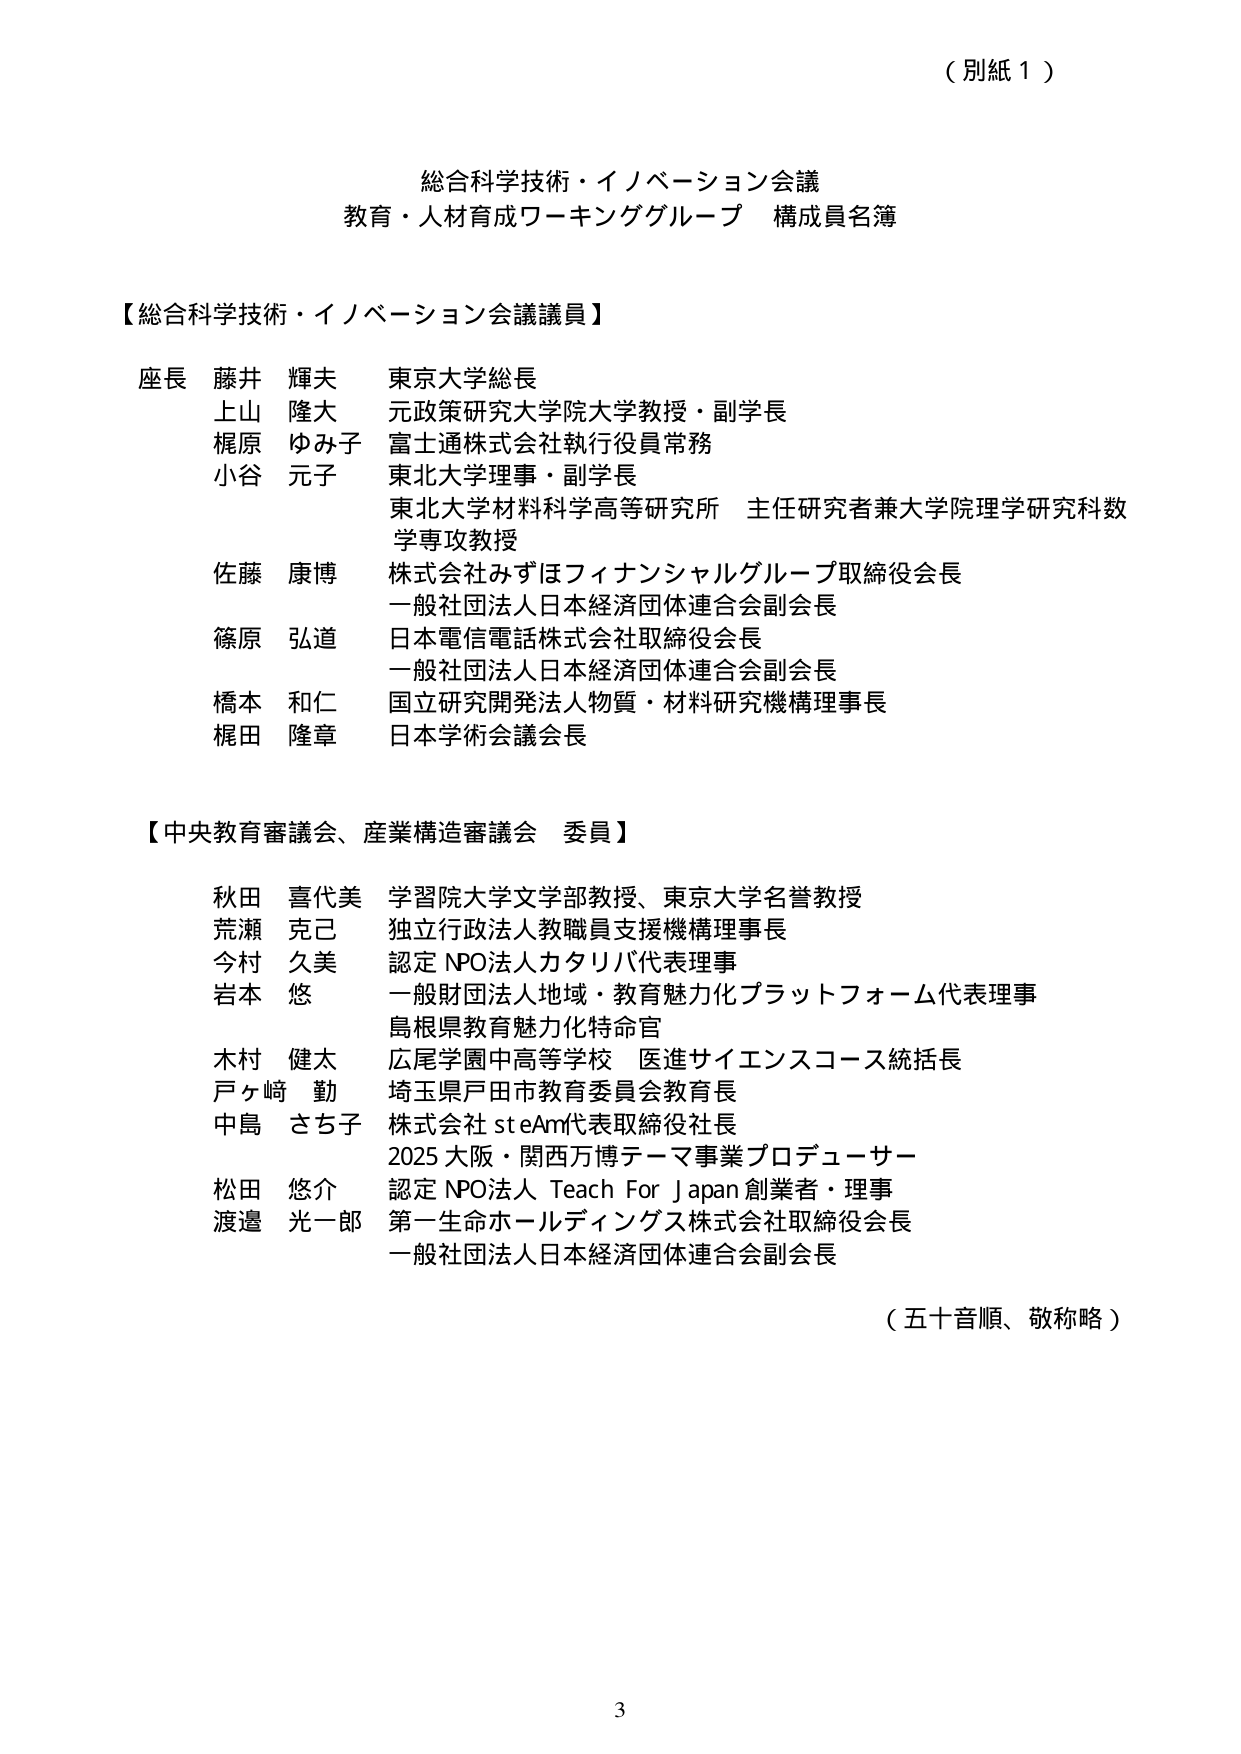
（別紙１）

総合科学技術・イノベーション会議
教育・人材育成ワーキンググループ 構成員名簿

【総合科学技術・イノベーション会議議員】

座長 藤井 輝夫 東京大学総長
上山 隆大 元政策研究大学院大学教授・副学長
梶原 ゆみ子 富士通株式会社執行役員常務
小谷 元子 東北大学理事・副学長
　　　　　東北大学材料科学高等研究所 主任研究者兼大学院理学研究科数学専攻教授
佐藤 康博 株式会社みずほフィナンシャルグループ取締役会長
　　　　　一般社団法人日本経済団体連合会副会長
篠原 弘道 日本電信電話株式会社取締役会長
　　　　　一般社団法人日本経済団体連合会副会長
橋本 和仁 国立研究開発法人物質・材料研究機構理事長
梶田 隆章 日本学術会議会長

【中央教育審議会、産業構造審議会 委員】

秋田 喜代美 学習院大学文学部教授、東京大学名誉教授
荒瀬 克己 独立行政法人教職員支援機構理事長
今村 久美 認定 NPO法人カタリバ代表理事
岩本 悠 一般財団法人地域・教育魅力化プラットフォーム代表理事
　　　　　島根県教育魅力化特命官
木村 健太 広尾学園中高等学校 医進サイエンスコース統括長
戸ヶ崎 勤 埼玉県戸田市教育委員会教育長
中島 さち子 株式会社 steAm代表取締役社長
　　　　　2025 大阪・関西万博テーマ事業プロデューサー
松田 悠介 認定 NPO法人 Teach For Japan 創業者・理事
渡邉 光一郎 第一生命ホールディングス株式会社取締役会長
　　　　　一般社団法人日本経済団体連合会副会長

（五十音順、敬称略）

3